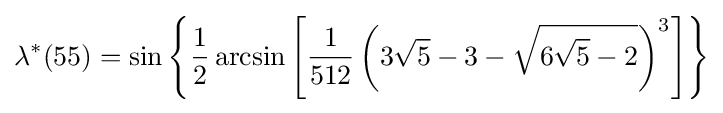
\lambda ^{*}(55)=\sin \left\{{\frac {1}{2}}\arcsin \left[{\frac {1}{512}}\left(3{\sqrt {5}}-3-{\sqrt {6{\sqrt {5}}-2}}\right)^{3}\right]\right\}